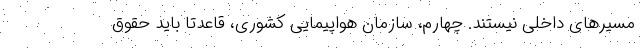
مسیرهای داخلی نیستند. چهارم، سازمان هواپیمایی کشوری، قاعدتا باید حقوق